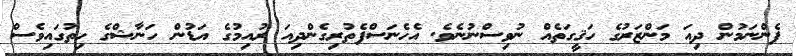
ފެންނަމުން ދިއަ މަންޒަރުގެ ހަޤީގަތެެއް ނުވިސްނުނެެވެ. އެހެނަސްފެތުރިގެންދިއަ ރުއިމުގެ އަޑުން ހަނާޝްގެ ހިތުގައިވެސް